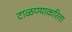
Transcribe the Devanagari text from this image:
टाळण्याकरिता